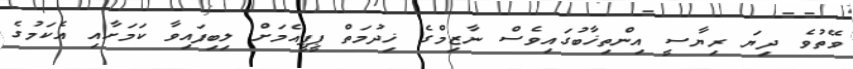
ވޭތުވެ ދިޔަ ރިޔާސީ އިންތިޚާބުގައިވެސް ނާޒިމްގެ ޚިދުމަތް ޕީޕީއެމަށް ލިބިފައިވާ ކަމަށާއި އެކަމުގެ